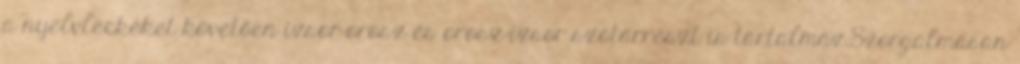
a nyelvleckéket követően izsor-orosz és orosz-izsor szótárrészt is tartalmaz.Szorgalmasan